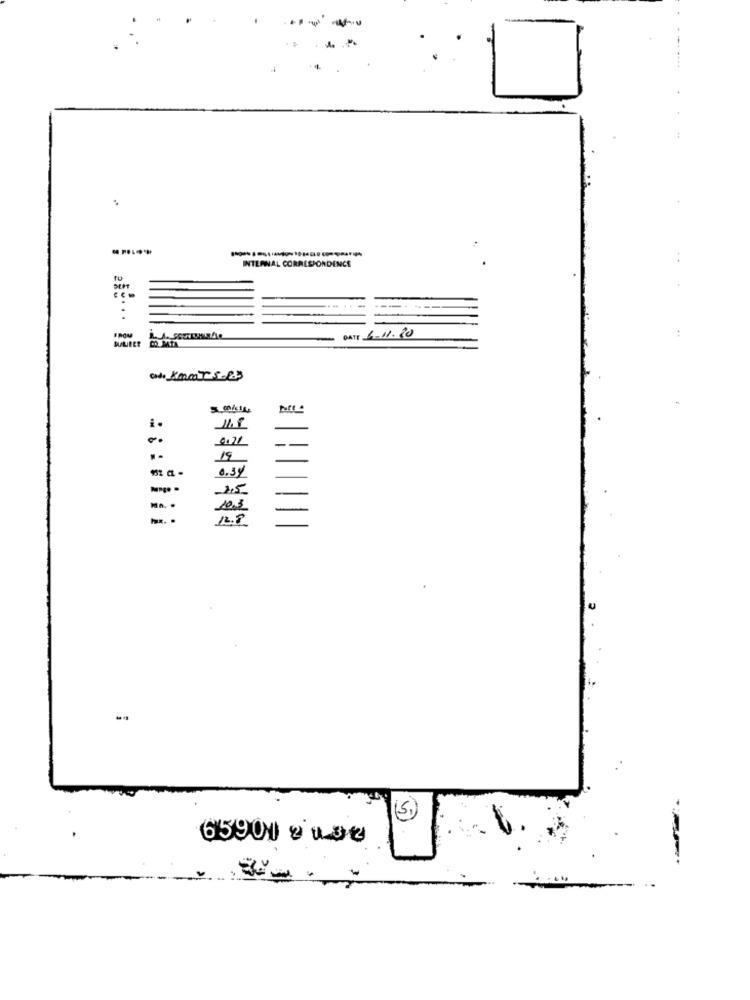
INTERNAL CORRESPONDENCE
.
----
DATE 6-11.20
Code Kmat5-63
i.
11.8
..
.-
19
0.39
---
2,5
10.3
12.8
15,
65900 euse
-